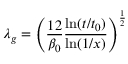
\lambda _ { g } = \left( \frac { 1 2 } { \beta _ { 0 } } \frac { \ln ( t / t _ { 0 } ) } { \ln ( 1 / x ) } \right) ^ { \frac { 1 } { 2 } }